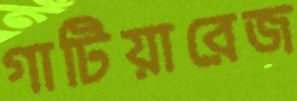
গাটিয়ারেজ